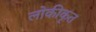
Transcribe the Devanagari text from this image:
लोकीकृत